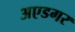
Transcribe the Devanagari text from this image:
अएडगर